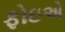
ફોઇએ